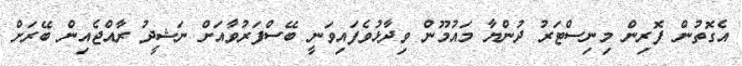
އެގޮތުން ފޮރިން މިނިސްޓަރު ދުންޔާ މައުމޫން ވިދާޅުވެފައިވަނީ ބޭސްފަރުވާއަށް ނަޝީދު ރާއްޖެއިން ބޭރަށް